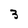
Character: 3